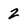
Character: 2